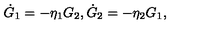
\dot { G } _ { 1 } = - \eta _ { 1 } G _ { 2 } , \dot { G } _ { 2 } = - \eta _ { 2 } G _ { 1 } ,